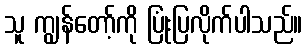
သူ ကျွန်တော့်ကို ပြုံးပြလိုက်ပါသည်။